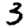
Digit: 3